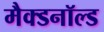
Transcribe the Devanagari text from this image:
मैक्डनॉल्ड